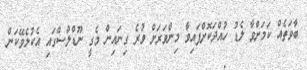
ބާވަތެއް ކަމަށްވާ ލެޑު ހުއްދަކޮށްފައިވާ މިންވަރަށް ވުރެ ގިނައިން މެގީ ނޫޑްލްސްގައި އެކުލެވޭކަން